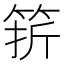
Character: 䇽